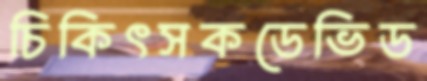
চিকিৎসকডেভিড